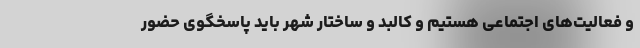
و فعالیت‌های اجتماعی هستیم و کالبد و ساختار شهر باید پاسخگوی حضور